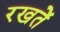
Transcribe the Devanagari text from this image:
रखतेें